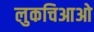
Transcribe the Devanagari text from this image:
लुकचिआओ